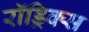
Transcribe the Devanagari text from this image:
रॉड्रिक्स